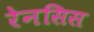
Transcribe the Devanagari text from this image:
रेनसिस